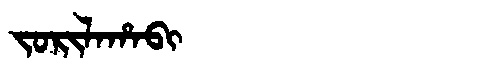
Manchu: ᠵᠣᡵᡳᠯᠠᡥᠠᠪᡳ
Romanization: JORILAHABI